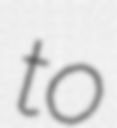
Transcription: to